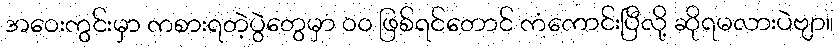
အဝေးကွင်းမှာ ကစားရတဲ့ပွဲတွေမှာ ၀၀ ဖြစ်ရင်တောင် ကံကောင်းပြီလို့ ဆိုရမလားပဲဗျာ။